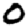
Digit: 0